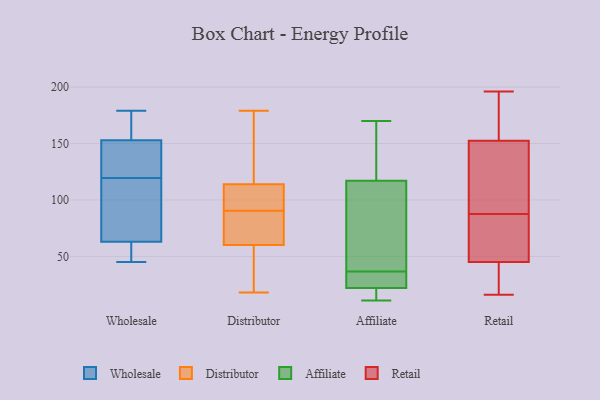
{"axis": {"x": "Temperature (°C)", "y": "Value"}, "legend": ["Affiliate", "Distributor", "Retail", "Wholesale"], "data": [{"x": "", "y": 63, "type": "Wholesale"}, {"x": "", "y": 45, "type": "Wholesale"}, {"x": "", "y": 99, "type": "Wholesale"}, {"x": "", "y": 140, "type": "Wholesale"}, {"x": "", "y": 149, "type": "Wholesale"}, {"x": "", "y": 48, "type": "Wholesale"}, {"x": "", "y": 66, "type": "Wholesale"}, {"x": "", "y": 167, "type": "Wholesale"}, {"x": "", "y": 153, "type": "Wholesale"}, {"x": "", "y": 179, "type": "Wholesale"}, {"x": "", "y": 101, "type": "Distributor"}, {"x": "", "y": 179, "type": "Distributor"}, {"x": "", "y": 71, "type": "Distributor"}, {"x": "", "y": 51, "type": "Distributor"}, {"x": "", "y": 114, "type": "Distributor"}, {"x": "", "y": 80, "type": "Distributor"}, {"x": "", "y": 109, "type": "Distributor"}, {"x": "", "y": 66, "type": "Distributor"}, {"x": "", "y": 118, "type": "Distributor"}, {"x": "", "y": 60, "type": "Distributor"}, {"x": "", "y": 18, "type": "Distributor"}, {"x": "", "y": 54, "type": "Distributor"}, {"x": "", "y": 112, "type": "Distributor"}, {"x": "", "y": 161, "type": "Distributor"}, {"x": "", "y": 19, "type": "Affiliate"}, {"x": "", "y": 31, "type": "Affiliate"}, {"x": "", "y": 33, "type": "Affiliate"}, {"x": "", "y": 11, "type": "Affiliate"}, {"x": "", "y": 45, "type": "Affiliate"}, {"x": "", "y": 117, "type": "Affiliate"}, {"x": "", "y": 122, "type": "Affiliate"}, {"x": "", "y": 22, "type": "Affiliate"}, {"x": "", "y": 40, "type": "Affiliate"}, {"x": "", "y": 170, "type": "Affiliate"}, {"x": "", "y": 43, "type": "Retail"}, {"x": "", "y": 196, "type": "Retail"}, {"x": "", "y": 103, "type": "Retail"}, {"x": "", "y": 93, "type": "Retail"}, {"x": "", "y": 50, "type": "Retail"}, {"x": "", "y": 121, "type": "Retail"}, {"x": "", "y": 38, "type": "Retail"}, {"x": "", "y": 28, "type": "Retail"}, {"x": "", "y": 152, "type": "Retail"}, {"x": "", "y": 166, "type": "Retail"}, {"x": "", "y": 16, "type": "Retail"}, {"x": "", "y": 82, "type": "Retail"}, {"x": "", "y": 47, "type": "Retail"}, {"x": "", "y": 78, "type": "Retail"}, {"x": "", "y": 153, "type": "Retail"}, {"x": "", "y": 153, "type": "Retail"}]}